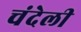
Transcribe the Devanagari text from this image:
चंदेली